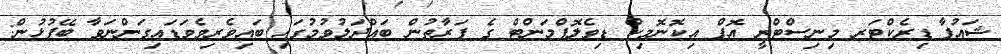
ޝައުފާ	ޑިރެކްޓަރ މިނިސްޓްރީ އޮފް އިކޮނޮމިކް ޑިވެލޮޕްމަންޓް ގެ ފަރާތުން ބައްދަލުވުމުގައި ބައިވެރިވެވަޑައިގަންނަވާ ބޭފުޅުން: